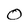
Character: O